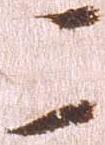
二